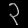
Digit: ၃